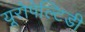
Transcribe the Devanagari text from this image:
यूरोपेल्टिडी